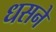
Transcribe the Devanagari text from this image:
धसने